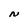
Character: N